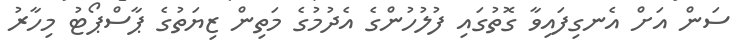
ސަން އަށް އެނގިފައިވާ ގޮތުގައި ފުލުހުންގެ އެދުމުގެ މަތިން ޒިޔަތުގެ ޕާސްޕޯޓު މިހާރު